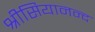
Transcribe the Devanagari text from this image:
श्रीसियानन्द